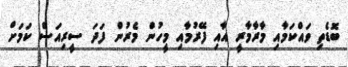
ބޮޑެތި ވައްކަމާއި މާރާމާރީ އާއި ފޭރުމާއި މީހުން މެރުން ފަދަ ސީރިއަސް ކަމަށް